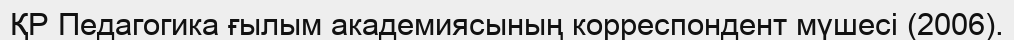
ҚР Педагогика ғылым академиясының корреспондент мүшесі (2006).